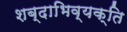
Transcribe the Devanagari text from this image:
शब्दाभिव्यक्ति